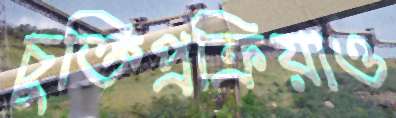
চুক্তিপ্রক্রিয়াও